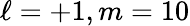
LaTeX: \ell=+1,m=10